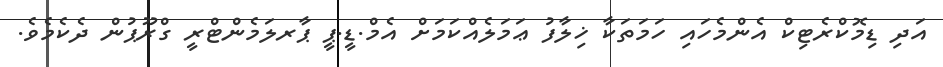
އަދި ޑިމޮކްރެޓިކް އެންމެހައި ހަމަތަކާ ޚިލާފު ޢަމަލެއްކަމަށް އެމް.ޑީ.ޕީ ޕާރލަމެންޓްރީ ގްރޫޕުން ދެކެމެވެ.